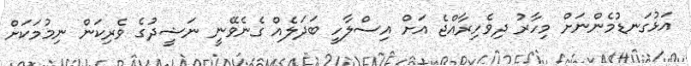
އަޅުގަނޑުމެންނަށް މިހާރު ދިވެހިރާއްޖެ އަށް އިސްލާހީ ބަދަލެއް ގެނެވޭނީ ނަޝީދުގެ ވެރިކަން ނިމުމަކަށް